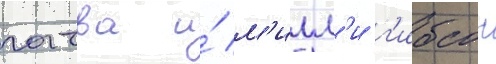
гатва и́ м'илл'и г'ибсон